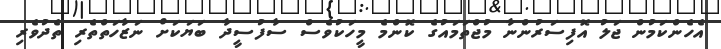
އެހެންކަމުން ޖަލު އޮފިސަރުންނާ މުޖްތަމައުގެ ކޮންމެ މީހަކުވެސް ސާފުސީދާ ބަޔަކަށް ނަޒާހަތްތެރި ތެދުވެރި